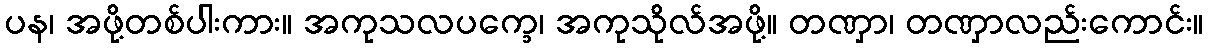
ပန၊ အဖို့တစ်ပါးကား။ အကုသလပက္ခေ၊ အကုသိုလ်အဖို့။ တဏှာ၊ တဏှာလည်းကောင်း။